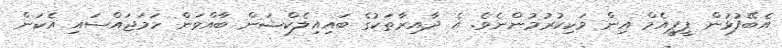
އެބޭފުޅުން ޕީޕީއެމް އިން ވަކިކުރުމުންނެވެ. އެ ދާއިރާތަކުގެ ބައިއިލެކްޝަން ބާއްވަން ހަމަޖައްސައި އެކަން